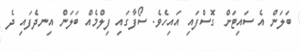
ބަލަން އެ ސައިޓަށް ގޮސްފައި އައިހެވެ. ސޯފާގައި ފިލްމެއް ބަލަން އިނދެފައި ދެ